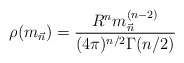
\begin{align*}\rho({m}_{\vec{n}})=\frac{R^n{{m}_{\vec{n}}^{(n-2)}}}{(4\pi)^{n/2}\Gamma(n/2)}\end{align*}